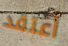
أعتقد